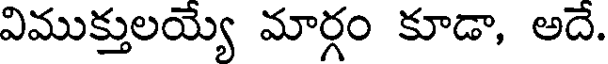
విముక్తులయ్యే మార్గం కూడా, అదే.